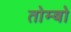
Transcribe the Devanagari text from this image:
तोम्बो